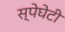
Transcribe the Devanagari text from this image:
स्पेघेटी